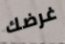
غرضك